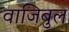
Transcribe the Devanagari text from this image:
वाजिबुल